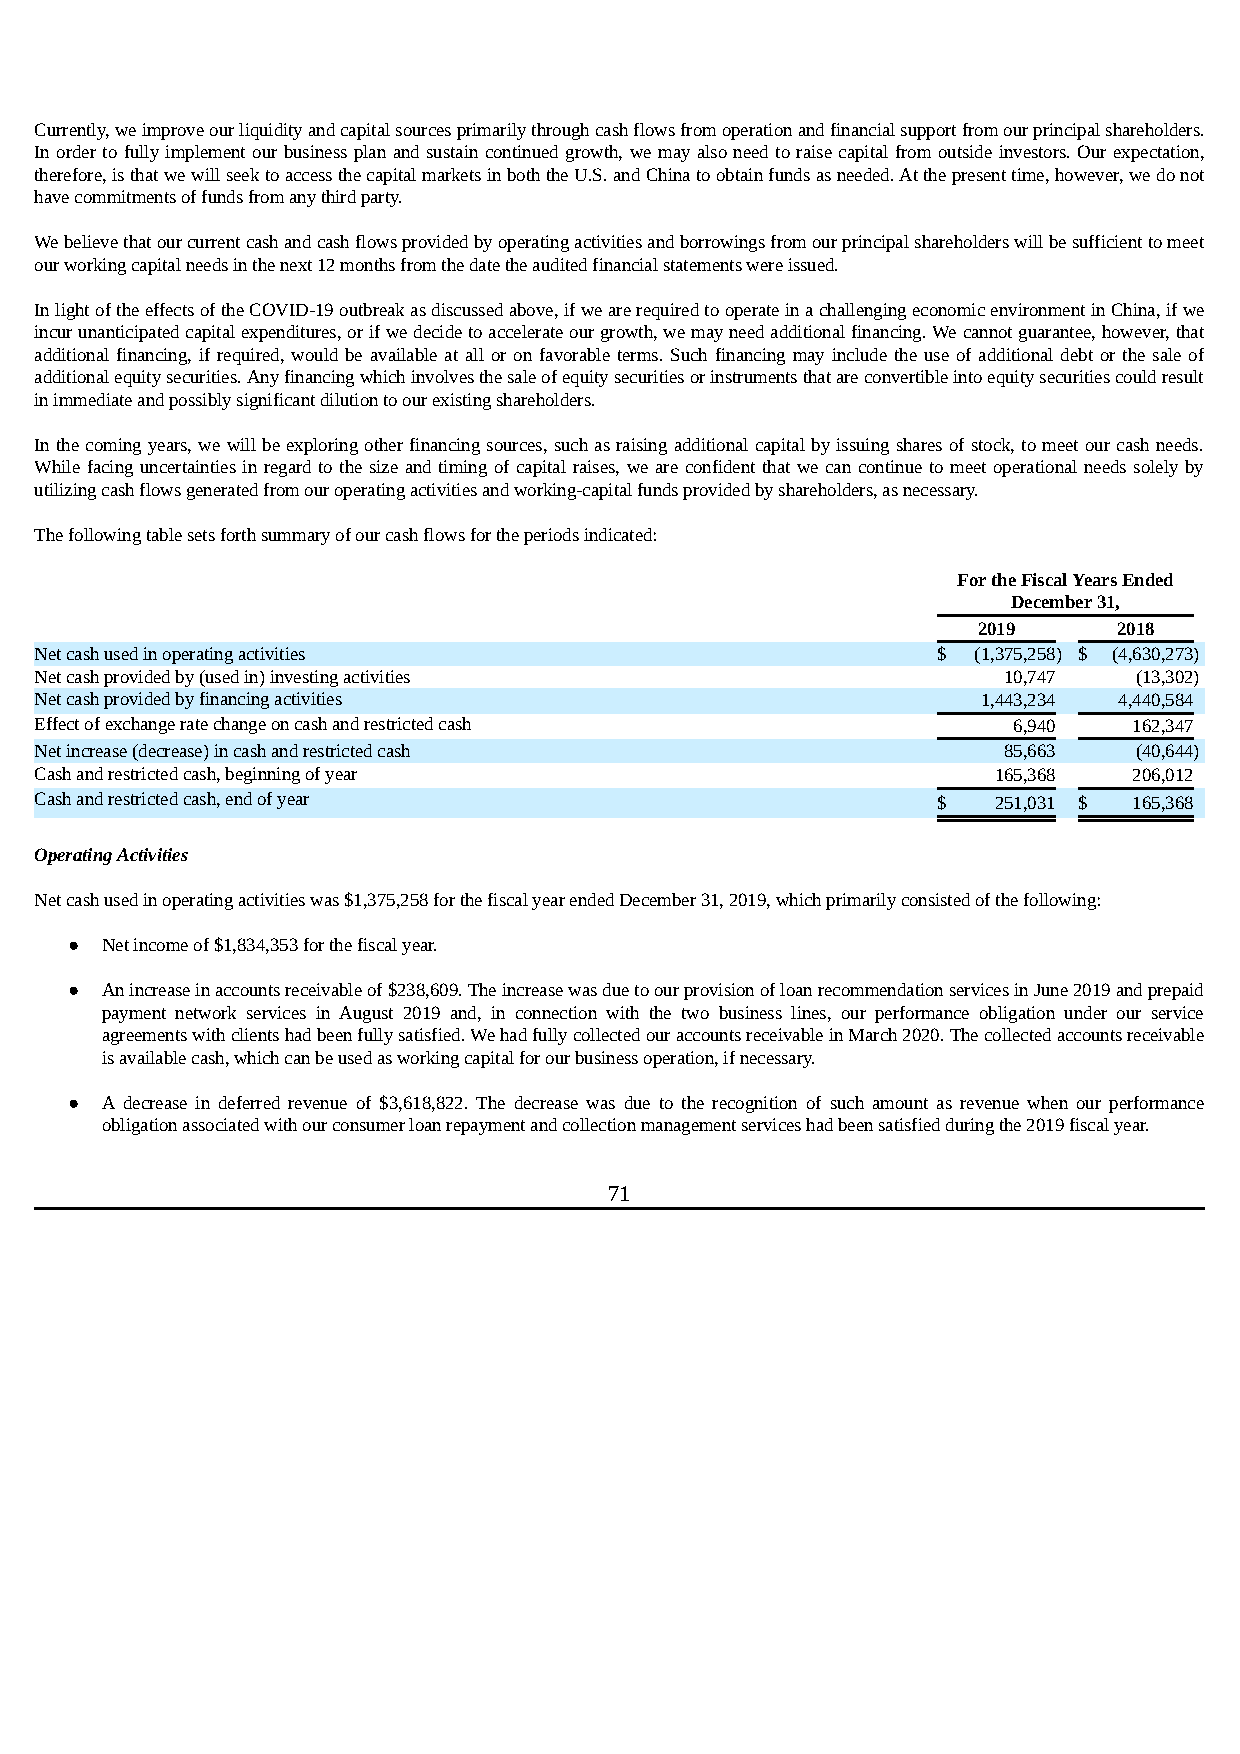
Currently, we improve our liquidity and capital sources primarily through cash flows from operation and financial support from our principal shareholders.
 In order to fully implement our business plan and sustain continued growth, we may also need to raise capital from outside investors. Our expectation,
 therefore, is that we will seek to access the capital markets in both the U.S. and China to obtain funds as needed. At the present time, however, we do not
 have commitments of funds from any third party.
 We believe that our current cash and cash flows provided by operating activities and borrowings from our principal shareholders will be sufficient to meet
 our working capital needs in the next 12 months from the date the audited financial statements were issued.
 In light of the effects of the COVID-19 outbreak as discussed above, if we are required to operate in a challenging economic environment in China, if we
 incur unanticipated capital expenditures, or if we decide to accelerate our growth, we may need additional financing. We cannot guarantee, however, that
 additional financing, if required, would be available at all or on favorable terms. Such financing may include the use of additional debt or the sale of
 additional equity securities. Any financing which involves the sale of equity securities or instruments that are convertible into equity securities could result
 in immediate and possibly significant dilution to our existing shareholders.
 In the coming years, we will be exploring other financing sources, such as raising additional capital by issuing shares of stock, to meet our cash needs.
 While facing uncertainties in regard to the size and timing of capital raises, we are confident that we can continue to meet operational needs solely by
 utilizing cash flows generated from our operating activities and working-capital funds provided by shareholders, as necessary.
 The following table sets forth summary of our cash flows for the periods indicated:
 For the Fiscal Years Ended
 December 31,
 2019     2018
 Net cash used in operating activities                       $ (1,375,258) $ (4,630,273)
 Net cash provided by (used in) investing activities             10,747   (13,302)
 Net cash provided by financing activities                      1,443,234 4,440,584
 Effect of exchange rate change on cash and restricted cash       6,940   162,347
 Net increase (decrease) in cash and restricted cash             85,663   (40,644)
 Cash and restricted cash, beginning of year                     165,368  206,012
 Cash and restricted cash, end of year                       $   251,031 $ 165,368
 Operating Activities
 Net cash used in operating activities was $1,375,258 for the fiscal year ended December 31, 2019, which primarily consisted of the following:
 ●  Net income of $1,834,353 for the fiscal year.
 ●  An increase in accounts receivable of $238,609. The increase was due to our provision of loan recommendation services in June 2019 and prepaid
 payment network services in August 2019 and, in connection with the two business lines, our performance obligation under our service
 agreements with clients had been fully satisfied. We had fully collected our accounts receivable in March 2020. The collected accounts receivable
 is available cash, which can be used as working capital for our business operation, if necessary.
 ●  A decrease in deferred revenue of $3,618,822. The decrease was due to the recognition of such amount as revenue when our performance
 obligation associated with our consumer loan repayment and collection management services had been satisfied during the 2019 fiscal year.
 71